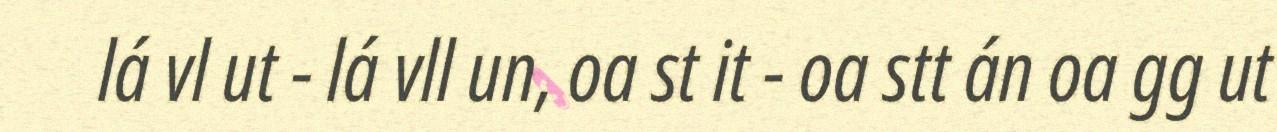
lá vl ut - lá vll un, oa st it - oa stt án oa gg ut